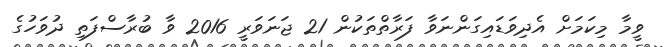
ވީމާ މިކަމަށް އެދިވަޑައިގަންނަވާ ފަރާތްތަކުން 21 ޖަނަވަރީ 2016 ވާ ބުރާސްފަތި ދުވަހުގެ